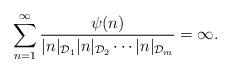
LaTeX: \begin{align*} \sum_{n=1}^{\infty} \frac{\psi(n)}{|{n}|_{\mathcal{D}_1}|{n}|_{\mathcal{D}_2}\cdots |n|_{\mathcal{D}_m}} =\infty.\end{align*}